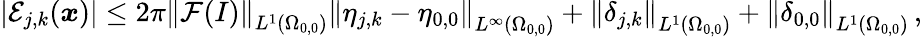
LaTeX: \begin{array}{r}{\left\vert\mathcal{E}_{j,k}(\boldsymbol{x})\right\vert\leq 2\pi\left\| \mathcal{F}(I)\right\| _{L^{1}(\Omega_{0,0})}\left\| \eta_{j,k}-\eta_{0,0}\right\| _{L^{\infty}(\Omega_{0,0})}+\left\| \delta_{j,k}\right\| _{L^{1}(\Omega_{0,0})}+\left\| \delta_{0,0}\right\| _{L^{1}(\Omega_{0,0})}\, ,}\end{array}